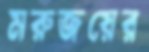
মরুজয়ের